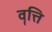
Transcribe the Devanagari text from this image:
वॄत्ति